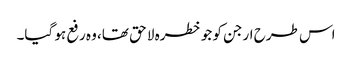
اس طرح ارجن کو جو خطرہ لا حق تھا، وہ رفع ہو گیا۔